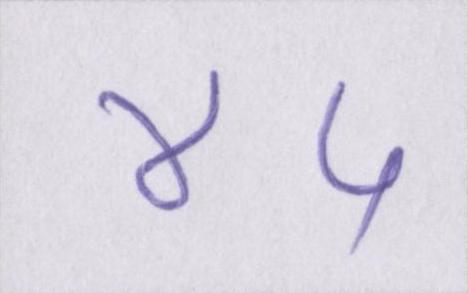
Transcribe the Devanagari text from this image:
४५